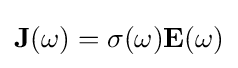
\mathbf {J} (\omega )=\sigma (\omega )\mathbf {E} (\omega )